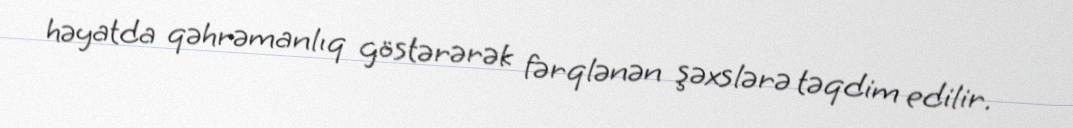
həyatda qəhrəmanlıq göstərərək fərqlənən şəxslərə təqdim edilir.